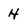
Character: H